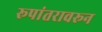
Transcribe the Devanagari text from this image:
रूपांतरावरून